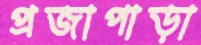
প্রজাপাড়া